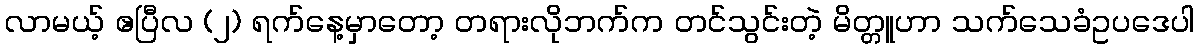
လာမယ့် ဧပြီလ (၂) ရက်နေ့မှာတော့ တရားလိုဘက်က တင်သွင်းတဲ့ မိတ္တူဟာ သက်သေခံဥပဒေပါ